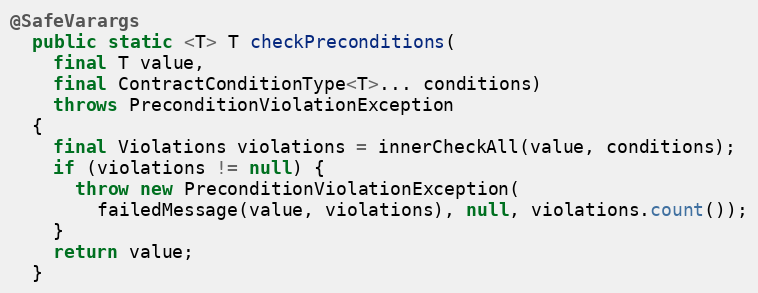
Language: Java
@SafeVarargs
  public static <T> T checkPreconditions(
    final T value,
    final ContractConditionType<T>... conditions)
    throws PreconditionViolationException
  {
    final Violations violations = innerCheckAll(value, conditions);
    if (violations != null) {
      throw new PreconditionViolationException(
        failedMessage(value, violations), null, violations.count());
    }
    return value;
  }